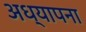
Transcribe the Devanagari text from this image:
अध्यापना